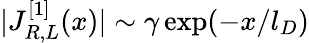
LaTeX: |J_{R,L}^{[1]}(x)|\sim\gamma\exp(-x/l_{D})